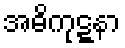
အဓိကုဋ္ဋနာ